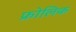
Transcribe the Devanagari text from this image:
फ्रोलिक